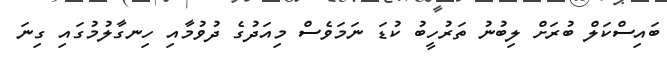
ބައިސްކަލް ބުރަށް ލިބުނު ތަރުހީބު ކުޑަ ނަމަވެސް މިއަދުގެ ދުވުމާއި ހިނގާލުމުގައި ގިނަ